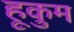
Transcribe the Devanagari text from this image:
हूकुम